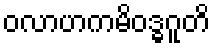
ဝလာဟကမိဝဒ္ဓဂူတိ